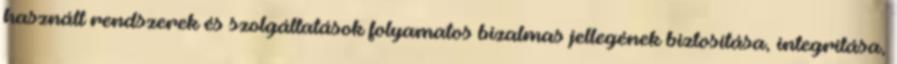
használt rendszerek és szolgáltatások folyamatos bizalmas jellegének biztosítása, integritása,